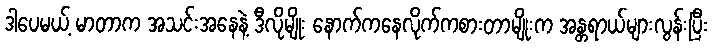
ဒါပေမယ့် မာတာက အသင်းအနေနဲ့ ဒီလိုမျိုး နောက်ကနေလိုက်ကစားတာမျိုးက အန္တရာယ်များလွန်းပြီး